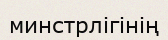
минстрлігінің